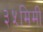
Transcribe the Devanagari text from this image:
३५मिमी